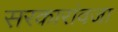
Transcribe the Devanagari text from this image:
सरकारांवजा